Report of the Indian Hemp Drugs Commission, 1894-1895 - Volume IV
Year: 1894
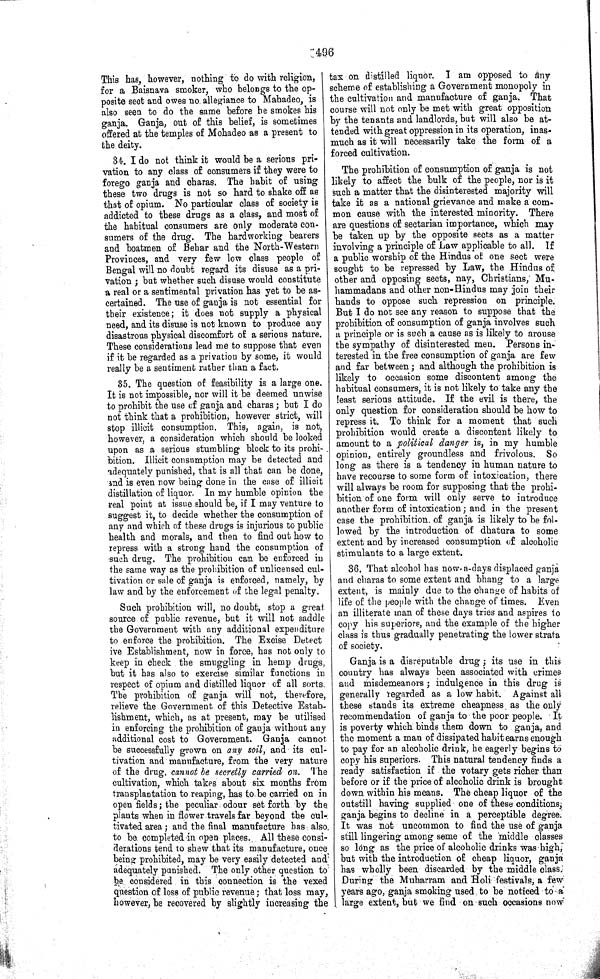
496
This has, however, nothing to do with religion,
for a Baisnava smoker, who belongs to the op-
posite sect and owes no. allegiance to Mahadeo, is
also seen to do the same before he smokes his
ganja. Ganja, out of this belief, is sometimes
offered at the temples of Mohadeo as a present to
the. deity.
34. I do not think it would be a serious pri-
vation to any class of consumers if they were to
forego ganja and charas. The habit of using
these two drugs is not so hard to shake off as
that of opium. No particular class of society is
addicted to these drugs as a class, and most of
the habitual consumers are only moderate con-
sumers of the drug. The hardworking bearers
and boatmen of Behar and the North-Western
Provinces, and very few low class people of
Bengal will no doubt regard its disuse as a pri-
vation; but whether such disuse would constitute
a real or a sentimental privation has yet to be as-
certained. The use of ganja is not essential for
their existence; it does not supply a physical
need, and its disuse is not known to produce any
disastrous physical discomfort of a serious nature.
These considerations lead me to suppose that even
if it be regarded as a privation by some, it would
really be a sentiment rather than a fact.
35. The question of feasibility is a large one.
It is not impossible, nor will it be deemed unwise
to prohibit the use of ganja and charas; but I do
not think that a prohibition, however strict, will
stop illicit consumption. This, again, is not,
however, a consideration which should be looked
upon as a serious stumbling block to its prohi-
bition. Illicit consumption may be detected and
adequately punished, that is all that can be done,
and is even now being done in the case of illicit
distillation of liquor. In my humble opinion the
real point at issue should be, if I may venture to
suggest it, to decide whether the consumption of
any and which of these drugs is injurious to public
health and morals, and then to find out how to
repress with a strong hand the consumption of
such drug. The prohibition can be enforced in
the same way as the prohibition of unlicensed cul-
tivation or sale of ganja is enforced, namely, by
law and by the enforcement of the legal penalty.
Such prohibition will, no doubt, stop a great
source of public revenue, but it will not saddle
the Government with any additional expenditure
to enforce the prohibition. The Excise Detect
ive Establishment, now in force, has not only to
keep in check the smuggling in hemp drugs,
but it has also to exercise similar functions in
respect of opium and distilled liquor of all sorts.
The prohibition of ganja will not, therefore,
relieve the Government of this Detective Estab-
lishment, which, as at present, may be utilised
in enforcing the prohibition of ganja without any
additional cost to Government. Ganja cannot
be successfully grown on any soil, and its cul-
tivation and manufacture, from the very nature
of the drug, cannot be secretly carried on. The
cultivation, which takes about six months from
transplantation to reaping, has to be carried on in
open fields; the peculiar odour set forth by the
plants when in flower travels far beyond the cul-
tivated area; and the final manufacture has also
to be completed in open places. All these consi-
derations tend to shew that its manufacture, once
being prohibited, may be very easily detected and
adequately punished, The only other question to
be considered in this connection is the vexed
question of loss of public revenue; that loss may,
however, be recovered by slightly increasing the
tax on distilled liquor. I am opposed to any
scheme of establishing a Government monopoly in
the cultivation and manufacture of ganja. That
course will not only be met with great opposition
by the tenants and landlords, but will also be at-
tended with great oppression in its operation, inas-
much as it will necessarily take the form of a
forced cultivation.
The prohibition of consumption of ganja is not
likely to affect the bulk of the people, nor is it
such a matter that the disinterested majority will
take it as a national grievance and make a com-
mon cause with the interested minority. There
are questions of sectarian importance, which may
be taken up by the opposite sects as a matter
involving a principle of Law applicable to all. If
a public worship of the Hindus of one sect were
sought to be repressed by Law, the Hindus of
other and opposing sects, nay, Christians, Mu-
hammadans and other non-Hindus may join their
hands to oppose such repression on principle.
But I do not see any reason to suppose that the
prohibition of consumption of ganja involves such
a principle or is such a cause as is likely to arouse
the sympathy of disinterested men. Persons in-
terested in the free consumption of ganja are few
and far between; and although the prohibition is
likely to occasion some discontent among the
habitual consumers, it is not likely to take any the
least serious attitude. If the evil is there, the
only question for consideration should be how to
repress it. To think for a moment that such
prohibition would create a discontent likely to
amount to a political danger is, in my humble
opinion, entirely groundless and frivolous. So
long as there is a tendency in human nature to
have recourse to some form of intoxication, there
will always be room for supposing that the prohi-
bition of one form will only serve to introduce
another form of intoxication; and in the present
case the prohibition of ganja is likely to be fol-
lowed by the introduction of dhatura to some
extent and by increased consumption of alcoholic
stimulants to a large extent.
36. That alcohol has now-a-days displaced ganja
and charas to some extent and bhang to a large
extent, is mainly due to the change of habits of
life of the people with the change of times. Even
an illiterate man of these days tries and aspires to
copy his superiors, and the example of the higher
class is thus gradually penetrating the lower strata
of society.
Ganja is a disreputable drug; its use in this
country has always been associated with crimes
and misdemeanors; indulgence in this drug is
generally regarded as a low habit. Against all
these stands its extreme cheapness as the only
recommendation of ganja to the poor people. It
is poverty which binds them down to ganja, and
the moment a man of dissipated habit earns enough
to pay for an alcoholic drink, he eagerly begins to
copy his superiors. This natural tendency finds a
ready satisfaction if the votary gets richer than
before or if the price of alcoholic drink is brought
down within his means. The cheap liquor of the
outstill having supplied one of these conditions,
ganja begins to decline in a perceptible degree
It was not uncommon to find the use of ganja
still lingering among some of the middle classes
so long as the price of alcoholic drinks was high,
but with the introduction of cheap liquor, ganja
has wholly been discarded by the middle class.
During the Muharram and Holi festivals, a few
years ago, ganja smoking used to be noticed to a
large extent, but we find on such occasions now